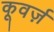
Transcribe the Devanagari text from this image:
कूवर्ज़